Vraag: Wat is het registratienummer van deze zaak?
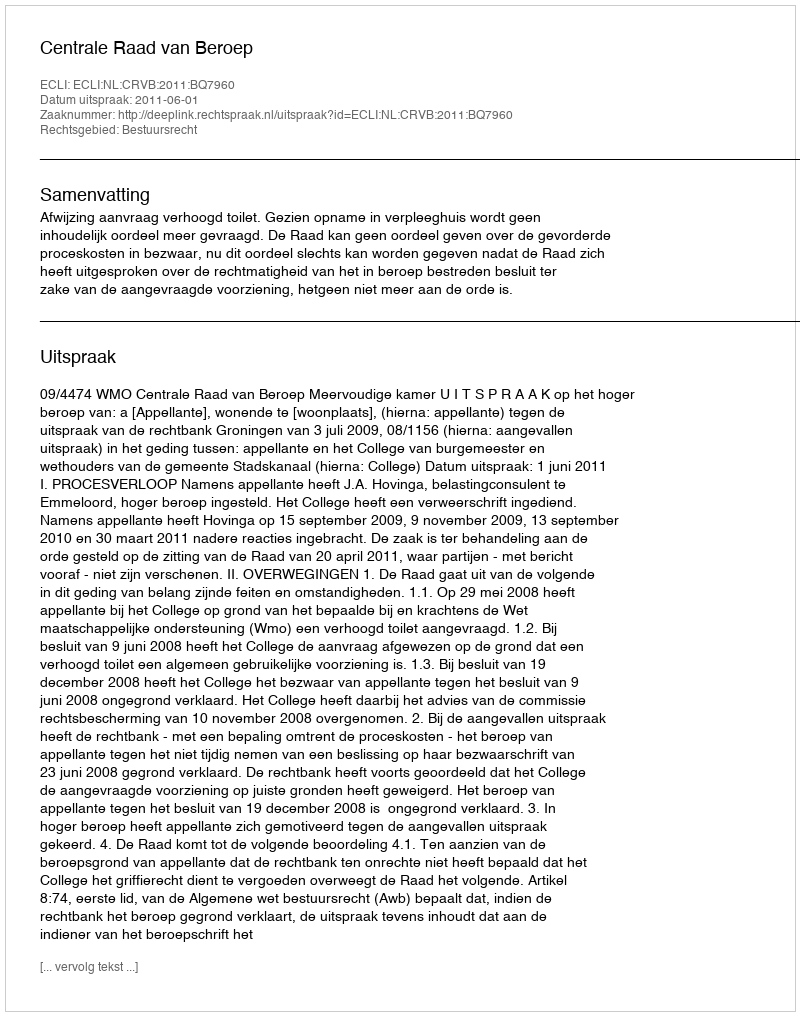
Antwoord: http://deeplink.rechtspraak.nl/uitspraak?id=ECLI:NL:CRVB:2011:BQ7960